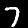
Label: 7